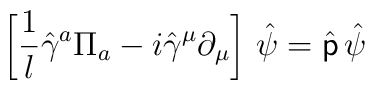
\left[{1\over l}\hat\gamma^a\Pi_a -i\hat\gamma^\mu\partial_\mu\right]\ \!\hat\psi=\hat{\sf p}\ \!\hat\psi